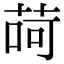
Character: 𦱕